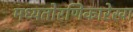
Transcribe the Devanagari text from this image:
मध्यतोरणिकारेखा